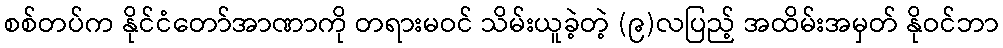
စစ်တပ်က နိုင်ငံတော်အာဏာကို တရားမဝင် သိမ်းယူခဲ့တဲ့ (၉)လပြည့် အထိမ်းအမှတ် နိုဝင်ဘာ